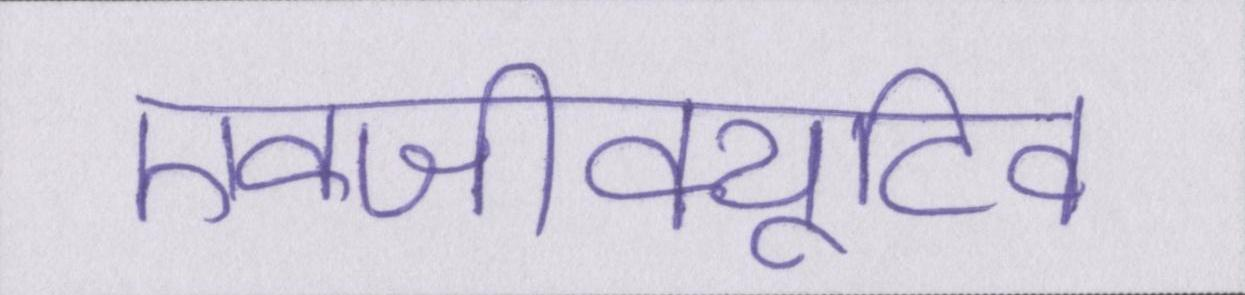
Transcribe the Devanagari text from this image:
एक्जीक्यूटिव